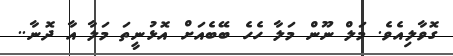
ގޮވާލިއެވެެ. މަލް ނޫން މަލާ ހެހެ ބޭބެއަށް އޮޅުނީތަ މަލާ އާ ދޮނާ..